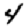
Digit: 4